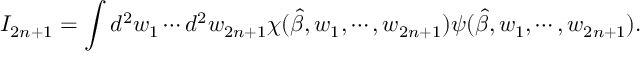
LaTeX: I _ { 2 n + 1 } = \int d ^ { 2 } w _ { 1 } \cdots d ^ { 2 } w _ { 2 n + 1 } \chi ( \hat { \beta } , w _ { 1 } , \cdots , w _ { 2 n + 1 } ) \psi ( \hat { \beta } , w _ { 1 } , \cdots , w _ { 2 n + 1 } ) .